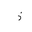
Letter: _thal